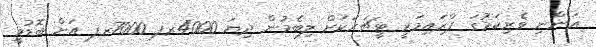
ޢަންނި ވެރިކަމުގަ ޕްރައިމަރީ ޓީޗަރަކަށް ލިބެމުން ދިޔަ 4000ރފ 7000ރފ އަށް ބޮޑުވީ